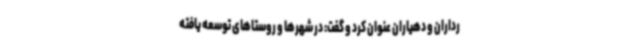
رداران و دهیاران عنوان کرد و گفت: در شهرها و روستاهای توسعه یافته